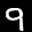
Label: 9